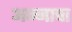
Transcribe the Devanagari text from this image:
अन्‍नाचा